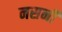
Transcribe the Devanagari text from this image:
नसनी